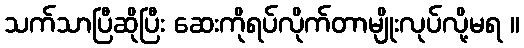
သက်သာပြီဆိုပြီး ဆေးကိုရပ်လိုက်တာမျိုးလုပ်လို့မရ ။